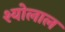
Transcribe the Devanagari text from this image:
श्योलाल